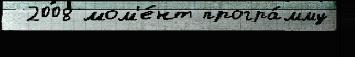
 2008 мом'е́нт програ́мму